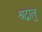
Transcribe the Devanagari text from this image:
श्रद्वालु